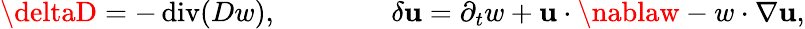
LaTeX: \deltaD=-\operatorname{div}(Dw),\qquad\qquad\delta\mathbf{u}=\partial_{t}w+\mathbf{u}\cdot\nablaw-w\cdot\nabla\mathbf{u},